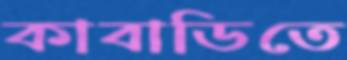
কাবাডিতে